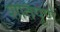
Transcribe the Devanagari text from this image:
शंतिपूर्ण